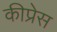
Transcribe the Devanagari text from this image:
कीप्रेस